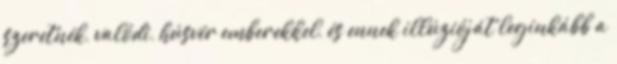
szeretnék, valódi, húsvér emberekkel, és ennek illúzióját leginkább a